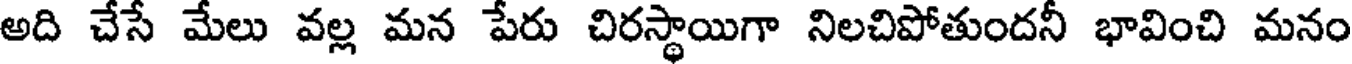
అది చేసే మేలు వల్ల మన పేరు చిరస్థాయిగా నిలచిపోతుందనీ భావించి మనం